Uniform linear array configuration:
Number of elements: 16
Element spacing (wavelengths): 1
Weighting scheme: cosine
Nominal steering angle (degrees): -30
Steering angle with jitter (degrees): -28.567
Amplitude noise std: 0.05
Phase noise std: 0.05

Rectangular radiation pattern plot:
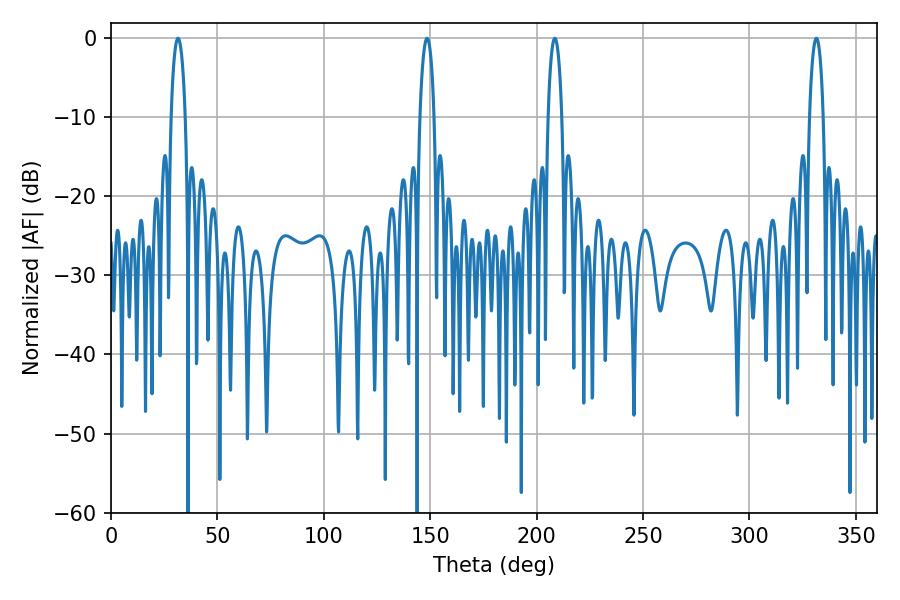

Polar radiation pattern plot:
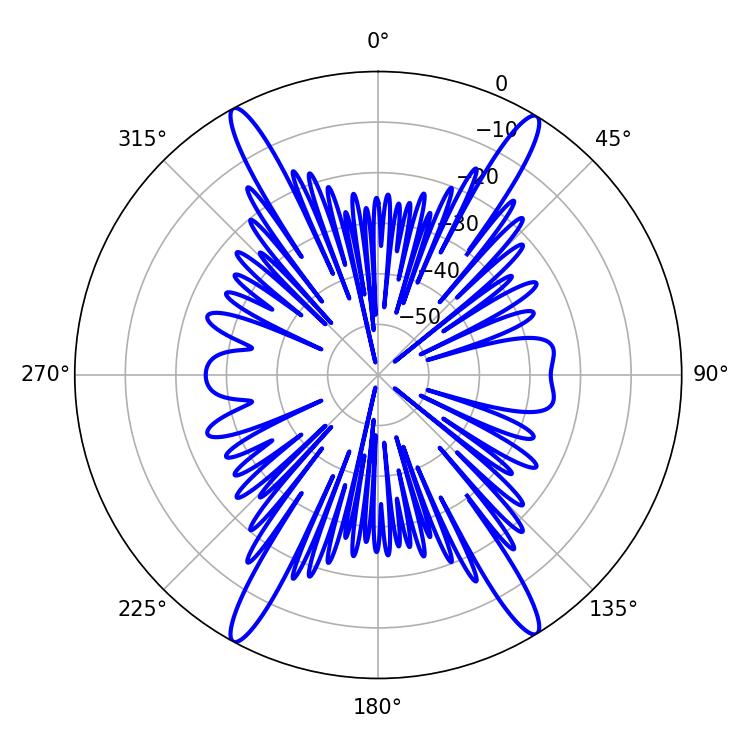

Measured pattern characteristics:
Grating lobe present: TRUE
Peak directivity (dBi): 23.551
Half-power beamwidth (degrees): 3.6
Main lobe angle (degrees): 31.5